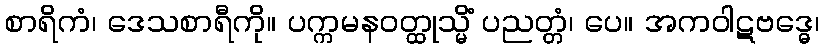
စာရိကံ၊ ဒေသစာရီကို။ ပက္ကမနဝတ္ထုသ္မိံ ပညတ္တံ၊ ပေ။ အကဝါဋဗဒ္ဓေ၊